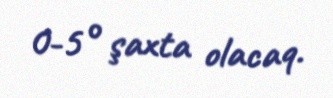
0-5° şaxta olacaq.